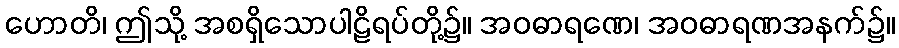
ဟောတိ၊ ဤသို့ အစရှိသောပါဠိရပ်တို့၌။ အဝဓာရဏေ၊ အဝဓာရဏအနက်၌။